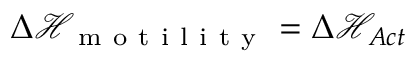
\Delta \mathcal { H } _ { \mathrm { ~ m ~ o ~ t ~ i ~ l ~ i ~ t ~ y ~ } } = \Delta \mathcal { H } _ { A c t }